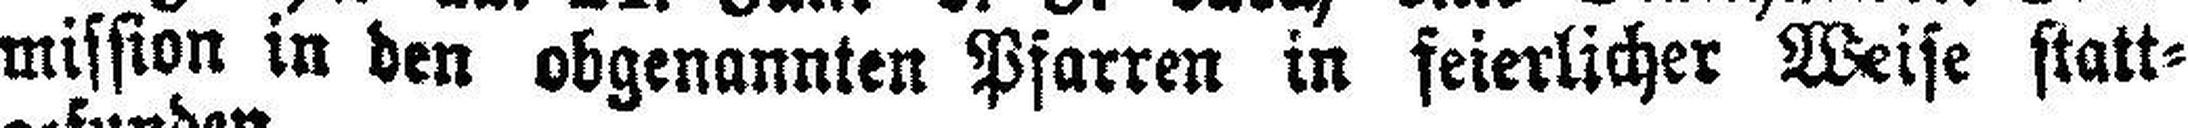
mission in den obgenannten Pfarren in feierlicher Weise statt¬